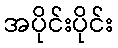
အပိုင်းပိုင်း